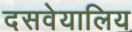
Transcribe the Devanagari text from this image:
दसवेयालिय